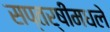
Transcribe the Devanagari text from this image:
सप्तर्षींमधले